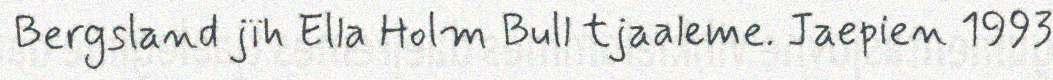
Bergsland jïh Ella Holm Bull tjaaleme. Jaepien 1993